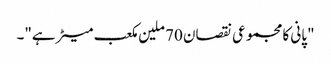
"پانی کا مجموعی نقصان 70 ملین مکعب میٹر ہے"۔